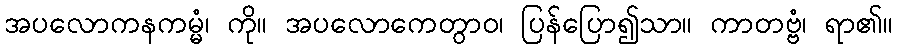
အပလောကနကမ္မံ၊ ကို။ အပလောကေတွာဝ၊ ပြန်ပြော၍သာ။ ကာတဗ္ဗံ၊ ရာ၏။